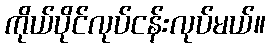
ကိုယ်ပိုင်လုပ်ငန်းလုပ်မယ်။